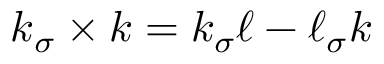
\boldsymbol { k } _ { \sigma } \times \boldsymbol { k } = k _ { \sigma } \ell - \ell _ { \sigma } k